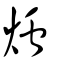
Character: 爞